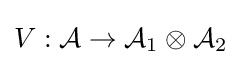
V:{\mathcal {A}}\to {\mathcal {A}}_{1}\otimes {\mathcal {A}}_{2}